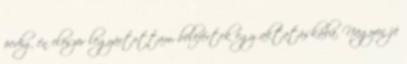
pedig én elôször legyártottam, belefértek egy aktatáskába. Nagyon jó